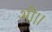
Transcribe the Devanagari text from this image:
भी।।